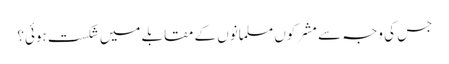
جس کی وجہ سے مشرکوں مسلمانوں کے مقابلے میں شکست ہوئی؟